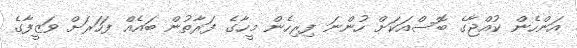
އަންހެން ކުއްޖާގެ ބޮސްއަކަށް ހުންނަ ފިރިހެން މީހާގެ ފަރާތުން ބައެއް ފަހަރަށް ވަޒީފާގެ